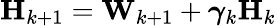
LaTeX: \mathbf{H}_{k+1}=\mathbf{W}_{k+1}+\boldsymbol{\gamma}_{k}\mathbf{H}_{k}